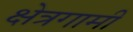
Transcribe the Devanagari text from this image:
क्षेत्रगामी